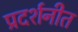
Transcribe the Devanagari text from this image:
प्रदर्शनीत